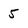
Character: 5